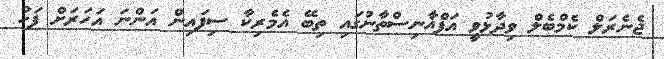
ޖެނެރަލް ކެމްބެލް ވިދާޅުވީ އަފްޣާނިސްތާނުގައި ތިބޭ އެމެރިކާ ސިފައިން އަންނަ އަހަރަށް ފަހު